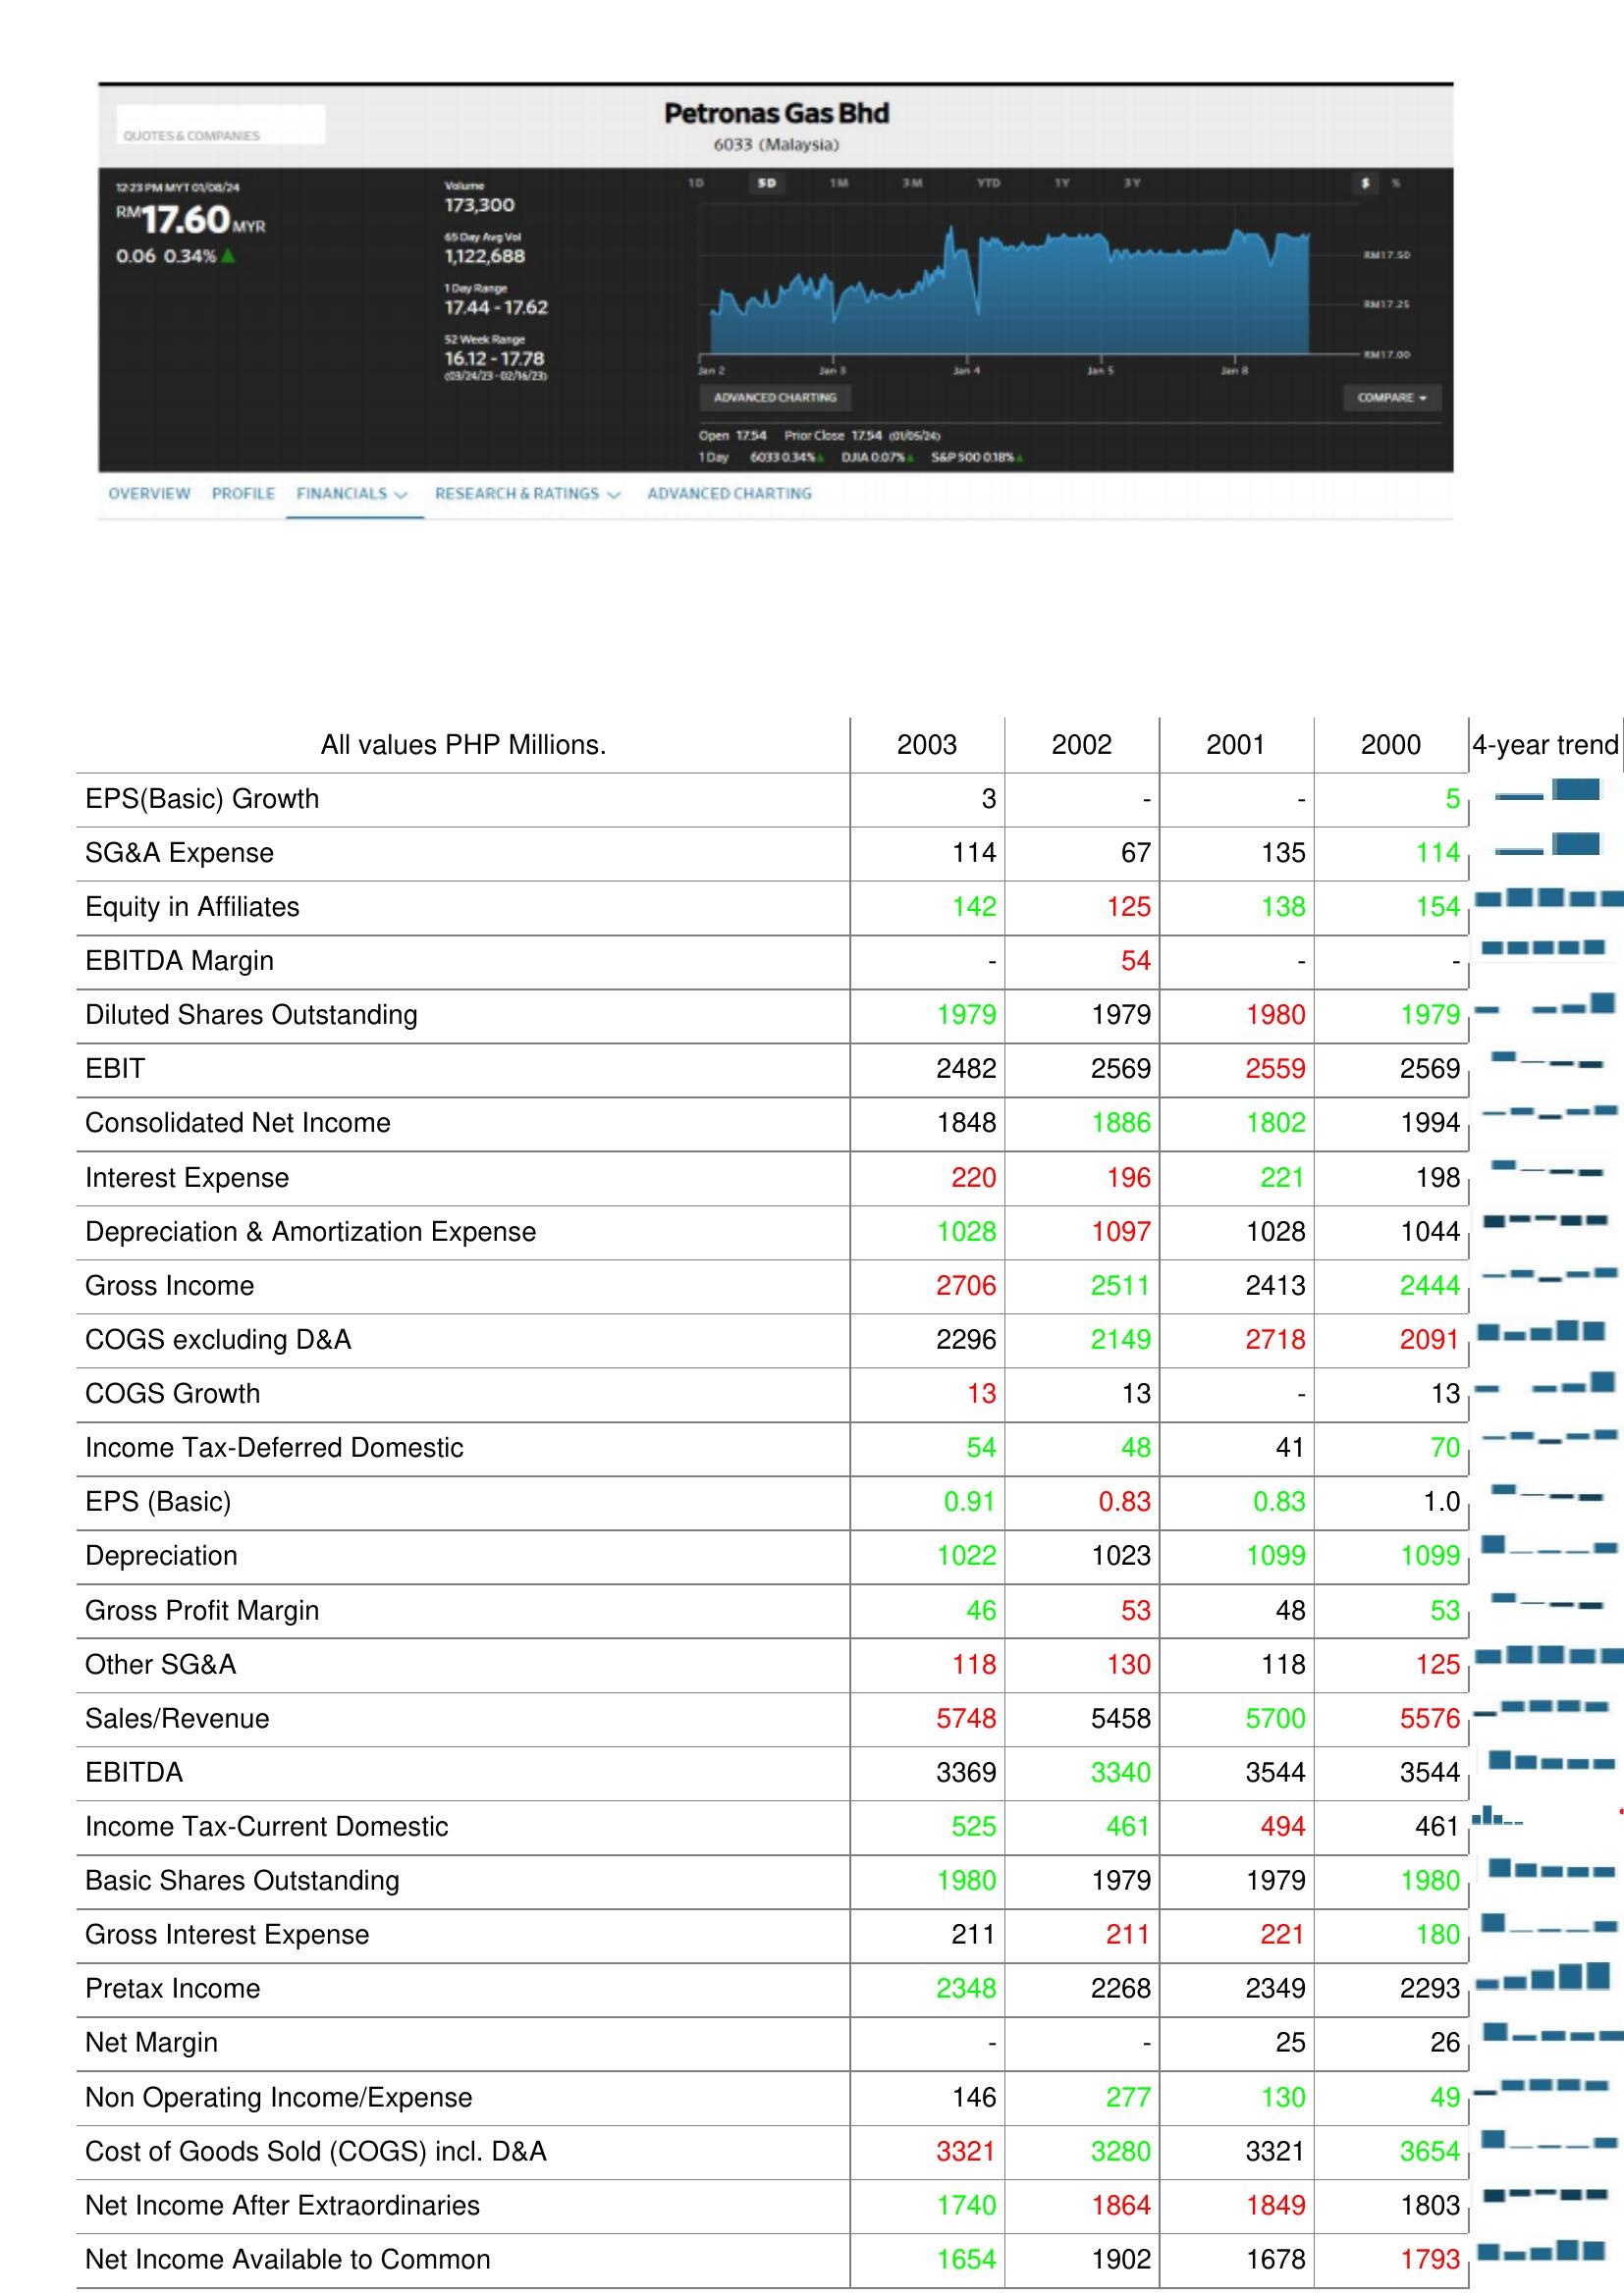
2003: : EPS(Basic) Growth: 3
SG&A Expense: 114
Equity in Affiliates: 142
EBITDA Margin: -
Diluted Shares Outstanding: 1979
EBIT: 2482
Consolidated Net Income: 1848
Interest Expense: 220
Depreciation & Amortization Expense: 1028
Gross Income: 2706
COGS excluding D&A: 2296
COGS Growth: 13
Income Tax-Deferred Domestic: 54
EPS (Basic): 0.91
Depreciation: 1022
Gross Profit Margin: 46
Other SG&A: 118
Sales/Revenue: 5748
EBITDA: 3369
Income Tax-Current Domestic: 525
Basic Shares Outstanding: 1980
Gross Interest Expense: 211
Pretax Income: 2348
Net Margin: -
Non Operating Income/Expense: 146
Cost of Goods Sold (COGS) incl. D&A: 3321
Net Income After Extraordinaries: 1740
Net Income Available to Common: 1654
2002: : EPS(Basic) Growth: -
SG&A Expense: 67
Equity in Affiliates: 125
EBITDA Margin: 54
Diluted Shares Outstanding: 1979
EBIT: 2569
Consolidated Net Income: 1886
Interest Expense: 196
Depreciation & Amortization Expense: 1097
Gross Income: 2511
COGS excluding D&A: 2149
COGS Growth: 13
Income Tax-Deferred Domestic: 48
EPS (Basic): 0.83
Depreciation: 1023
Gross Profit Margin: 53
Other SG&A: 130
Sales/Revenue: 5458
EBITDA: 3340
Income Tax-Current Domestic: 461
Basic Shares Outstanding: 1979
Gross Interest Expense: 211
Pretax Income: 2268
Net Margin: -
Non Operating Income/Expense: 277
Cost of Goods Sold (COGS) incl. D&A: 3280
Net Income After Extraordinaries: 1864
Net Income Available to Common: 1902
2001: : EPS(Basic) Growth: -
SG&A Expense: 135
Equity in Affiliates: 138
EBITDA Margin: -
Diluted Shares Outstanding: 1980
EBIT: 2559
Consolidated Net Income: 1802
Interest Expense: 221
Depreciation & Amortization Expense: 1028
Gross Income: 2413
COGS excluding D&A: 2718
COGS Growth: -
Income Tax-Deferred Domestic: 41
EPS (Basic): 0.83
Depreciation: 1099
Gross Profit Margin: 48
Other SG&A: 118
Sales/Revenue: 5700
EBITDA: 3544
Income Tax-Current Domestic: 494
Basic Shares Outstanding: 1979
Gross Interest Expense: 221
Pretax Income: 2349
Net Margin: 25
Non Operating Income/Expense: 130
Cost of Goods Sold (COGS) incl. D&A: 3321
Net Income After Extraordinaries: 1849
Net Income Available to Common: 1678
2000: : EPS(Basic) Growth: 5
SG&A Expense: 114
Equity in Affiliates: 154
EBITDA Margin: -
Diluted Shares Outstanding: 1979
EBIT: 2569
Consolidated Net Income: 1994
Interest Expense: 198
Depreciation & Amortization Expense: 1044
Gross Income: 2444
COGS excluding D&A: 2091
COGS Growth: 13
Income Tax-Deferred Domestic: 70
EPS (Basic): 1.0
Depreciation: 1099
Gross Profit Margin: 53
Other SG&A: 125
Sales/Revenue: 5576
EBITDA: 3544
Income Tax-Current Domestic: 461
Basic Shares Outstanding: 1980
Gross Interest Expense: 180
Pretax Income: 2293
Net Margin: 26
Non Operating Income/Expense: 49
Cost of Goods Sold (COGS) incl. D&A: 3654
Net Income After Extraordinaries: 1803
Net Income Available to Common: 1793